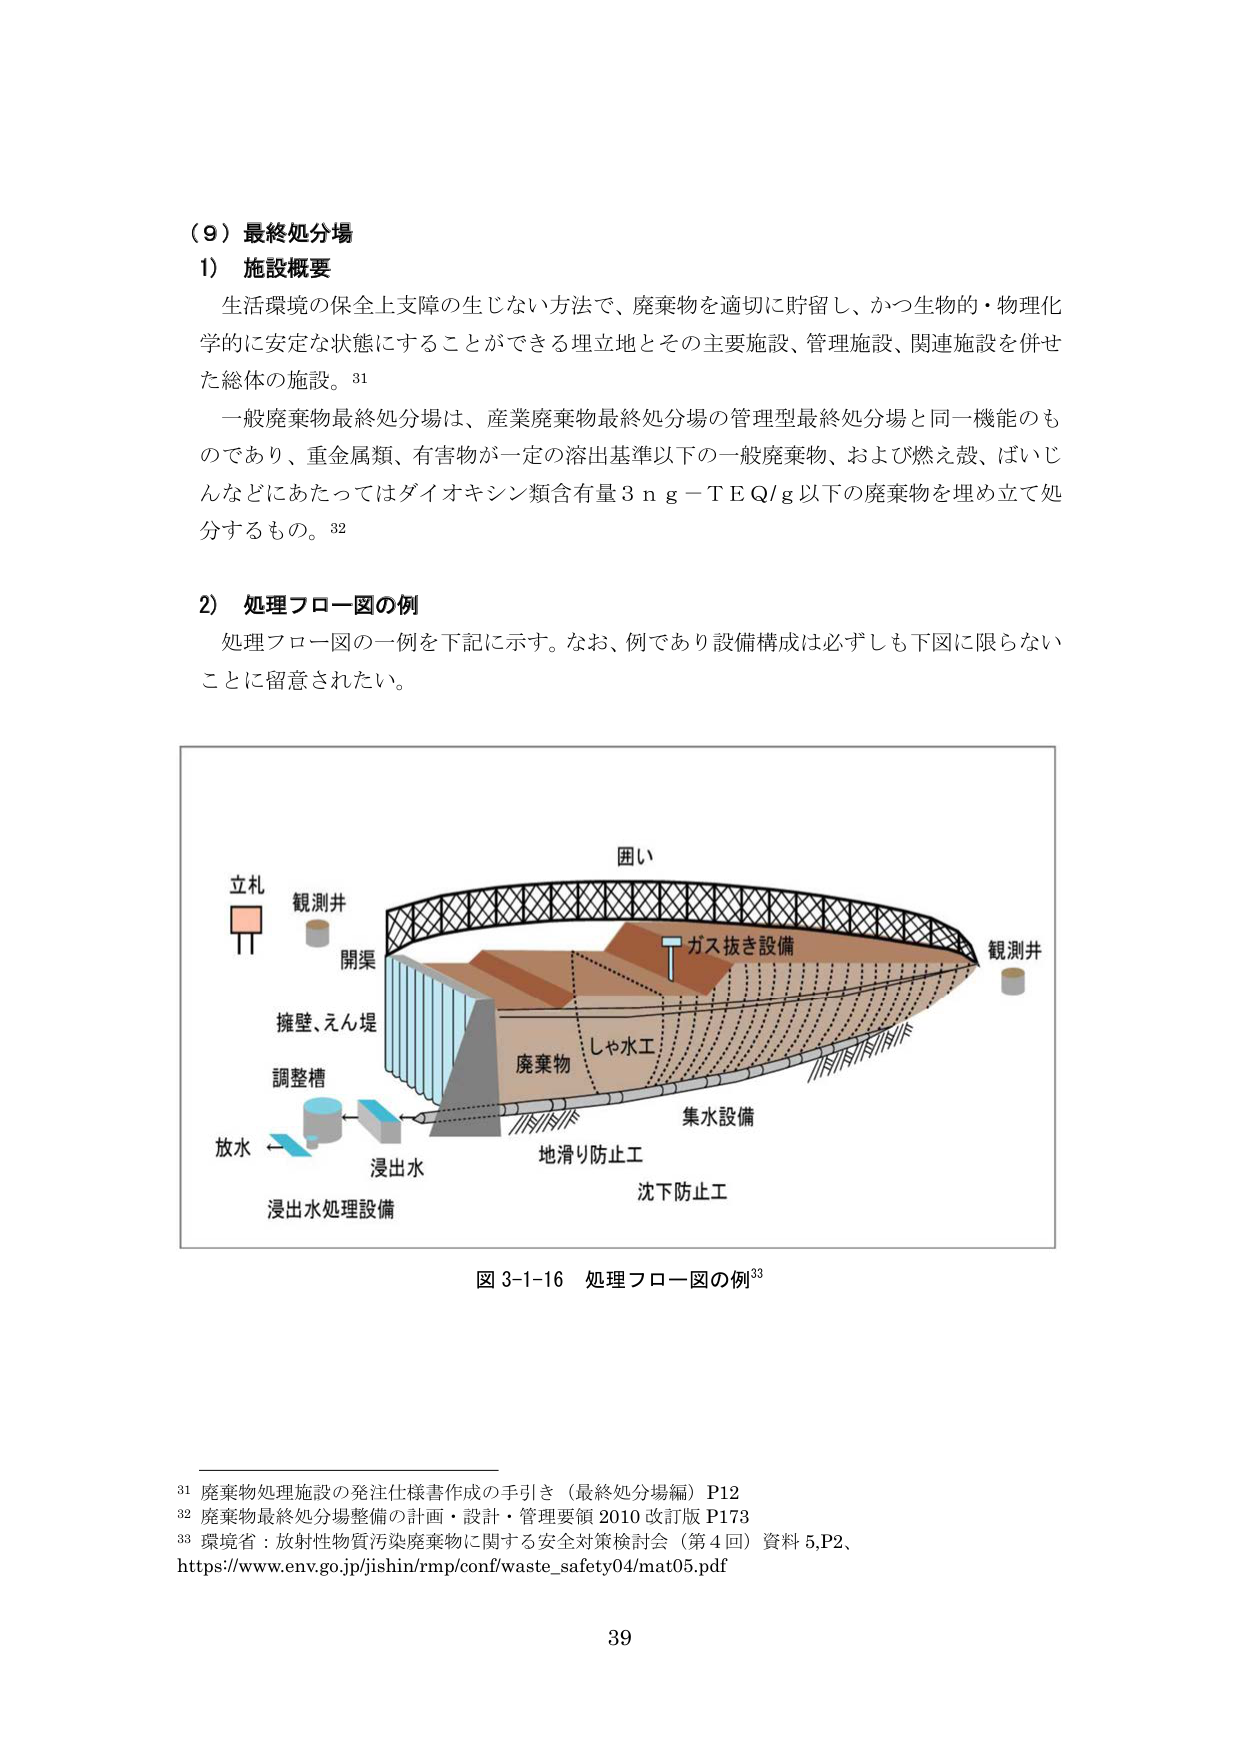
（９）最終処分場
1） 施設概要
生活環境の保全上支障の生じない方法で、廃棄物を適切に貯留し、かつ生物的・物理化学的に安定な状態にすることができる埋立地とその主要施設、管理施設、関連施設を併せた総体の施設。³¹
一般廃棄物最終処分場は、産業廃棄物最終処分場の管理型最終処分場と同一機能のものであり、重金属類、有害物が一定の溶出基準以下的一般廃棄物、および燃え殻、ばいじんなどにあたってはダイオキシン類含有量３ｎｇ－ＴＥＱ／ｇ以下の廃棄物を埋め立て処分するもの。³²

2） 処理フロー図の例
処理フロー図の一例を下記に示す。なお、例であり設備構成は必ずしも下図に限らないことに留意されたい。

図 3-1-16 処理フロー図の例³³

立札
観測井
開渠
擁壁、えん堤
調整槽
放水
浸出水
浸出水処理設備
囲い
ガス抜き設備
観測井
廃棄物
しゃ水工
集水設備
地滑り防止工
沈下防止工

³¹ 廃棄物処理施設の発注仕様書作成の手引き（最終処分場編）P12
³² 廃棄物最終処分場整備の計画・設計・管理要領 2010 改訂版 P173
³³ 環境省：放射性物質汚染廃棄物に関する安全対策検討会（第４回）資料 5.P2、https://www.env.go.jp/jishin/rmp/conf/waste_safety04/mat05.pdf

39